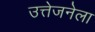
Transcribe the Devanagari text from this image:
उत्तेजनेला